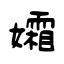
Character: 孀